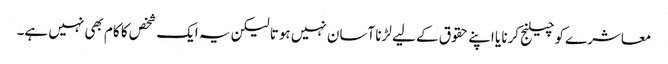
معاشرے کو چیلنج کرنا یا اپنے حقوق کے لیے لڑنا آسان نہیں ہوتا لیکن یہ ایک شخص کا کام بھی نہیں ہے۔